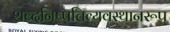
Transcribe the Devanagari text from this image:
शब्दनिष्पत्तिव्यवस्थानरूप